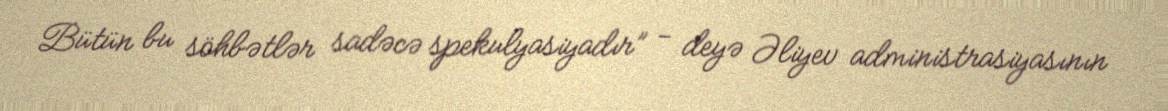
Bütün bu söhbətlər sadəcə spekulyasiyadır” - deyə Əliyev administrasiyasının